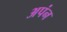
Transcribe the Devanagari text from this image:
अपंन